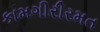
કામગીરીરમત